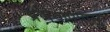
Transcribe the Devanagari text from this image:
प्रणयपिपासु